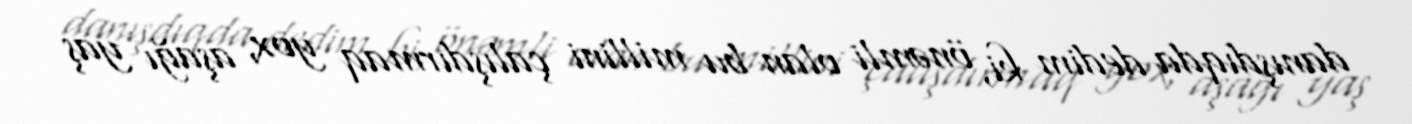
danışdıqda dedim ki, önəmli olan bu millini çalışdırmaq yox, aşağı yaş